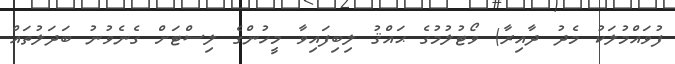
ފުވައްމުލަކު މެދު ދާއިރާ) ވޯޓުލުމުގެ ޙައްޤު ލިބިފައިވާ މީހުންގެ ލިސްޓަށް ގެނެވުނު ބަދަލުތައް